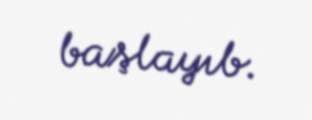
başlayıb.